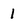
Character: 1